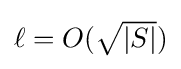
{\textstyle \ell =O({\sqrt {|S|}})}